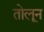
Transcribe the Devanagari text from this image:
तोलून